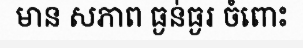
មាន សភាព ធ្ងន់ធ្ងរ ចំពោះ